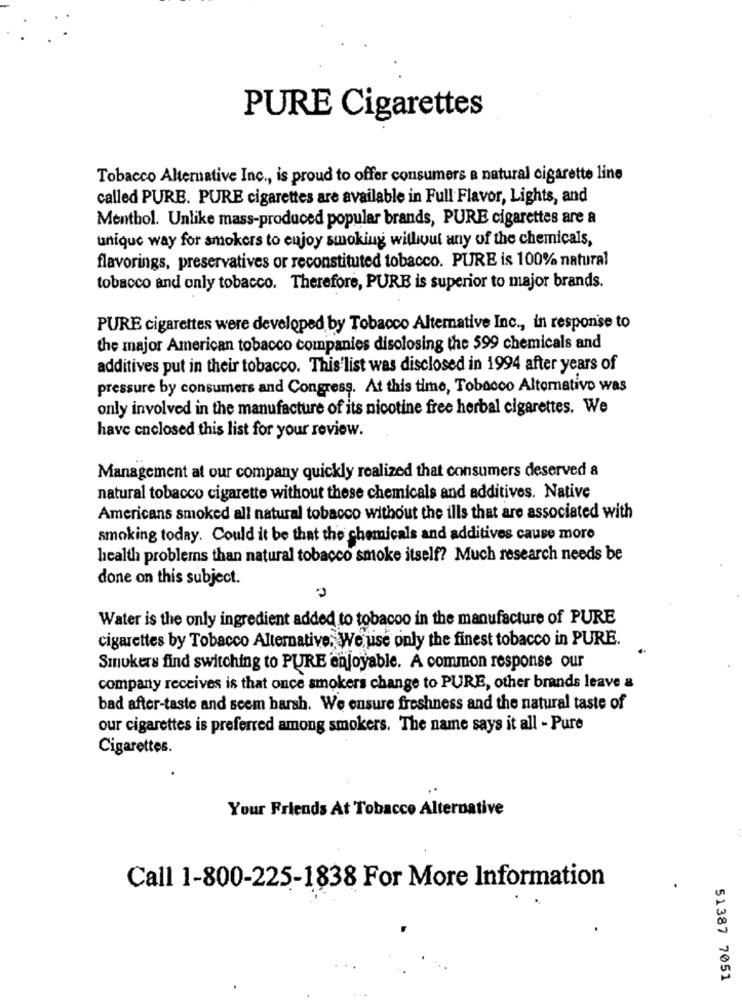
PURE Cigarettes
Tobacco Alternative Inc ., is proud to offer consumers a natural cigarette line
called PURE. PURE cigarettes are available in Full Flavor, Lights, and
Menthol. Unlike mass-produced popular brands, PURE cigarettes are a
unique way for smokers to enjoy smoking without any of the chemicals,
flavorings, preservatives or reconstituted tobacco. PURE is 100% natural
tobacco and only tobacco. Therefore, PURE is superior to major brands.
PURE cigarettes were developed by Tobacco Alternative Inc ., in response to
the major American tobacco companies disclosing the 599 chemicals and
additives put in their tobacco. This'list was disclosed in 1994 after years of
pressure by consumers and Congress. At this time, Tobacco Alternativo was
only involved in the manufacture of its nicotine free herbal cigarettes. We
have enclosed this list for your review.
Management at our company quickly realized that consumers deserved a
natural tobacco cigarette without these chemicals and additives. Native
Americans smoked all natural tobacco without the ills that are associated with
smoking today. Could it be that the chemicals and additives cause more
health problems than natural tobacco smoke itself? Much research needs be
done on this subject.
Water is the only ingredient added to tobacco in the manufacture of PURE
cigarettes by Tobacco Alternative. We use only the finest tobacco in PURE.
Smokers find switching to PURE enjoyable. A common response our
company receives is that once smokers change to PURE, other brands leave a
bad after-taste and seem harsh. We ensure freshness and the natural taste of
our cigarettes is preferred among smokers. The name says it all - Pure
Cigarettes.
Your Friends At Tobacco Alternative
Call 1-800-225-1838 For More Information
...
51387 7051